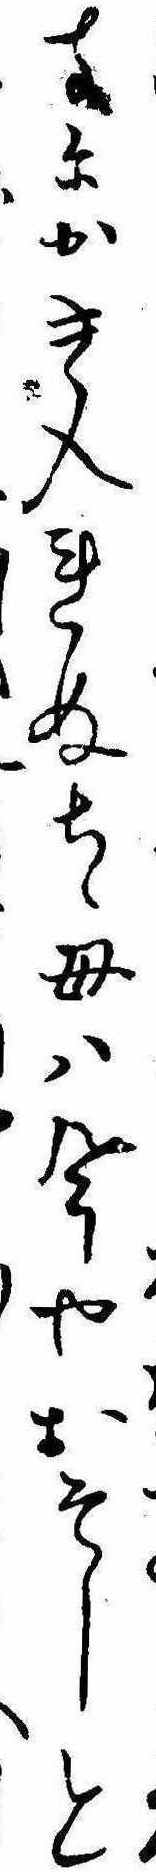
寺にかき入れぬちゝ母は今やおそしと